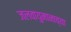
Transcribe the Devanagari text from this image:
जलवायुमानाच्या